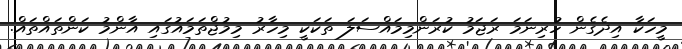
މީހަކާ އިދެގެން ހުރިނަމަ ރަޖަމު ކުރަންމިމައްސަލަ ތަކަކީ މިހާރު މިމުޖްތަމައުގައި އާންމު ކަންތައްތައް.